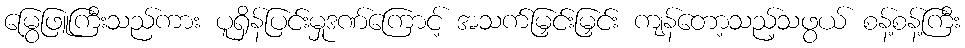
မြွေဖြူကြီးသည်ကား ပူရှိန်ပြင်းမှုဒဏ်ကြောင့် အသက်မြှင်းမြှင်း ကျန်တော့သည့်သဖွယ် စန့်စန့်ကြီး